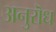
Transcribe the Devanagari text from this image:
अनुरॊध